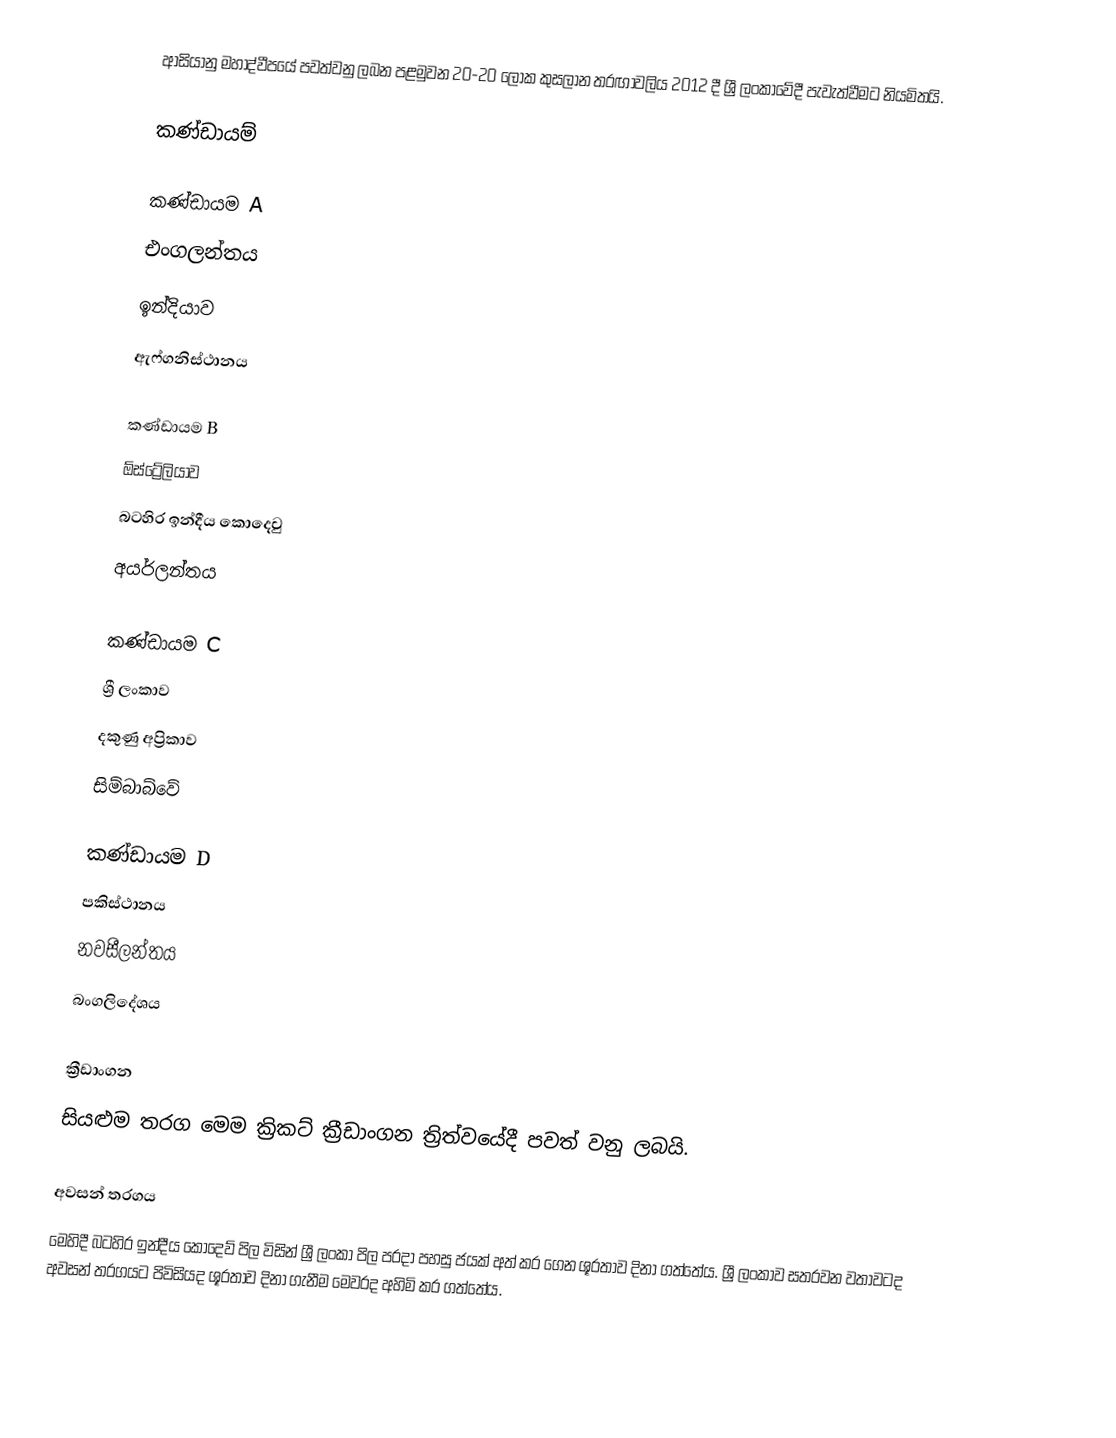
ආසියානු මහාද්වීපයේ පවත්වනු ලබන පළමුවන 20-20 ලෝක කුසලාන තරඟාවලිය 2012 දී ශ්‍රී ලංකාවේදී පැවැත්වීමට නියමිතයි.

කණ්ඩායම්

කණ්ඩායම A
එංගලන්තය
ඉන්දියාව
ඇෆ්ගනිස්ථානය

කණ්ඩායම B
ඕස්ට්‍රේලියාව
බටහිර ඉන්දීය කොදෙවු
අයර්ලන්තය

කණ්ඩායම C
ශ්‍රී ලංකාව
දකුණු අප්‍රිකාව
සිම්බාබ්වේ

කණ්ඩායම D
පකිස්ථානය
නවසීලන්තය
බංගලිදේශය

ක්‍රීඩාංගන
සියළුම තරග මෙම ක්‍රිකට් ක්‍රීඩාංගන ත්‍රිත්වයේදී පවත් වනු ලබයි.

අවසන් තරගය
මෙහිදී බටහිර ඉන්දීය කොදෙව් පිල විසින් ශ්‍රී ලංකා පිල පරදා පහසු ජයක් අත් කර ගෙන ශූරතාව දිනා ගත්තේය. ශ්‍රී ලංකාව සතරවන වතාවටද අවසන් තරගයට පිවිසියද ශූරතාව දිනා ගැනීම මෙවරද අහිමි කර ගත්තේය.